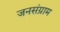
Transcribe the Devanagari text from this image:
जनसंग्राम